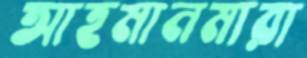
আহমানমারা